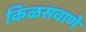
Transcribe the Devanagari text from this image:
किळसवाणे